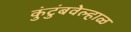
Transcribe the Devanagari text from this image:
कुंटुंबवेल्हाळ